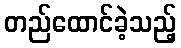
တည်ထောင်ခဲ့သည့်